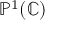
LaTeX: \mathbb { P } ^ { 1 } ( \mathbb { C } )